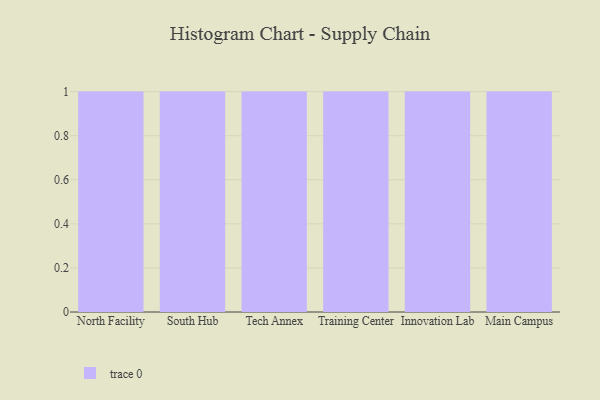
{"axis": {"x": "Campus", "y": "Population (Million)"}, "legend": [""], "data": [{"x": "North Facility", "y": 29, "type": ""}, {"x": "South Hub", "y": 83, "type": ""}, {"x": "Tech Annex", "y": 55, "type": ""}, {"x": "Training Center", "y": 85, "type": ""}, {"x": "Innovation Lab", "y": 33, "type": ""}, {"x": "Main Campus", "y": 64, "type": ""}]}